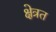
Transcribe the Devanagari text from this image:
क्षेत्रत